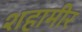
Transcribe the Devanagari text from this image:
शहामीर